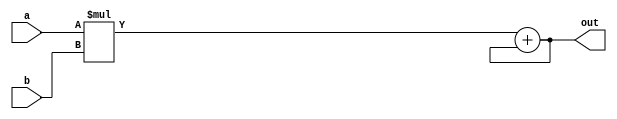
// Copyright 2020-2022 F4PGA Authors
//
// Licensed under the Apache License, Version 2.0 (the "License");
// you may not use this file except in compliance with the License.
// You may obtain a copy of the License at
//
//     http://www.apache.org/licenses/LICENSE-2.0
//
// Unless required by applicable law or agreed to in writing, software
// distributed under the License is distributed on an "AS IS" BASIS,
// WITHOUT WARRANTIES OR CONDITIONS OF ANY KIND, either express or implied.
// See the License for the specific language governing permissions and
// limitations under the License.
//
// SPDX-License-Identifier: Apache-2.0

module mac_unit (
    a,
    b,
    out
);
  parameter DATA_WIDTH = 16;
  input [DATA_WIDTH - 1 : 0] a, b;
  output [2*DATA_WIDTH - 1 : 0] out;

  assign out = a * b + out;
endmodule